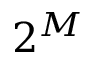
2 ^ { M }